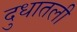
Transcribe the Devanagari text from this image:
दुधातली